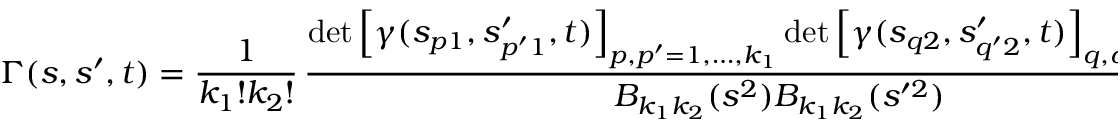
\Gamma ( s , s ^ { \prime } , t ) = \frac { 1 } { k _ { 1 } ! k _ { 2 } ! } \, \frac { \operatorname * { d e t } \left[ \gamma ( s _ { p 1 } , s _ { p ^ { \prime } 1 } ^ { \prime } , t ) \right] _ { p , p ^ { \prime } = 1 , \ldots , k _ { 1 } } \operatorname * { d e t } \left[ \gamma ( s _ { q 2 } , s _ { q ^ { \prime } 2 } ^ { \prime } , t ) \right] _ { q , q ^ { \prime } = 1 , \ldots , k _ { 2 } } } { B _ { k _ { 1 } k _ { 2 } } ( s ^ { 2 } ) B _ { k _ { 1 } k _ { 2 } } ( s ^ { \prime 2 } ) } \ ,